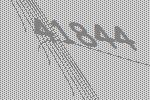
41844